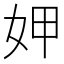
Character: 𭑱